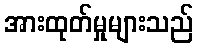
အားထုတ်မှုများသည်